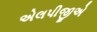
એલપીજીએ